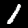
Label: 1